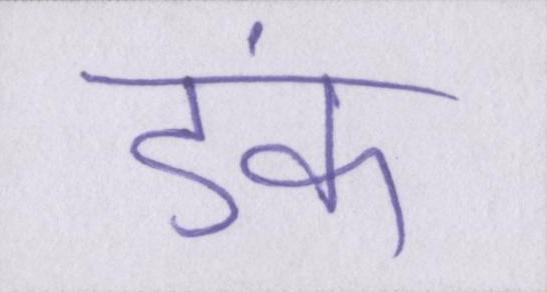
डंके